Annual statistical returns and brief notes on vaccination in Bengal - 1896-1909
Year: 1896
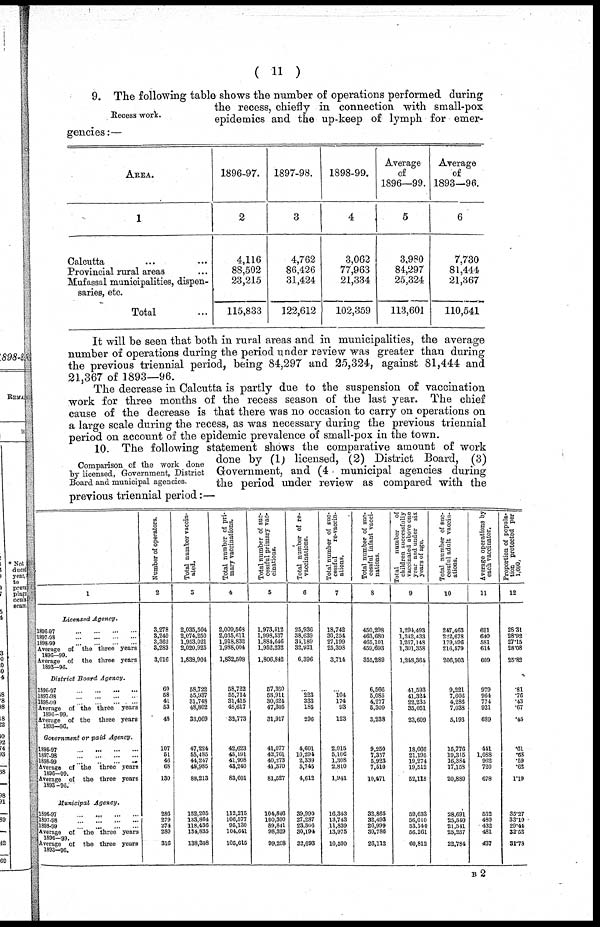
( 11 )
9. The following table shows the number of operations performed during
the recess, chiefly in connection with small-pox
epidemics and the up-keep of lymph for emer-
gencies:—
Recess work.
AREA.
1
Calcutta ... ...
Provincial rural areas ...
Mufassal municipalities, dispen-
saries, etc
Total ...
1896-97.
2
4,116
88,502
23,215
115,833
1897-98.
3
4,762
86,426
31,424
122,612
1898-99.
4
3,062
77,963
21,334
102,359
Average
of
1896—99.
5
3,980
84,297
25,324
113,601
Average
of
1893—96.
6
7,730
81,444
21,367
110,541
It will be seen that both in rural areas and in municipalities, the average
number of operations during the period under review was greater than during
the previous triennial period, being 84,297 and 25,324, against 81,444 and
21,367 of 1893—96.
The decrease in Calcutta is partly due to the suspension of vaccination
work for three months of the recess season of the last year. The chief
cause of the decrease is that there was no occasion to carry on operations on
a large scale during the recess, as was necessary during the previous triennial
period on account of the epidemic prevalence of small-pox in the town.
Comparison of the work done
by licensed, Government, District
Board and municipal agencies.
10. The following statement shows the comparative amount of work
done by (1) licensed, (2) District Board, (3)
Government, and (4 . municipal agencies during
the period under review as compared with the
previous triennial period:—
1
Licensed Agency.
1896-97
...
...
...
...
1897-98
...
...
...
...
1898-99
...
...
...
...
Average of the three years
1896—99
Average of the three years
1893—96.
District Board Agency.
1896-97
...
...
...
...
1897-98
...
...
...
...
1898-99
...
...
...
...
Average of the three
years
1896-99.
Average of the three years
1893—96.
Government or paid Agency.
1896-97 ... ... ... ...
1897-98
...
...
...
...
1898-99
...
...
...
...
Average of the three years
1896—99.
Average of the three years
1893—96.
Municipal
Agency.
1896-97
...
...
...
...
1897-98
...
...
...
...
1898-99
...
...
...
...
Average of the three years
1896-99.
Average of the three years
1893—96.
Number of operators.
2
3,278
3,240
3,362
3,283
3,016
60
68
41
53
48
107
51
46
68
130
286
279
274
280
316
Total number vaccin-
ated.
3
2,035,504
2,074,250
1,953,021
2,020,925
1,838,904
58,722
55,937
31,748
48,802
33,069
47,224
55,485
44,247
48,985
88,213
152,205
133,864
118,436
134,835
138,308
Total number of pri-
mary vaccinations.
4
2,009,563
2,035,611
1,918,832
1,988,004
1,832,508
58,722
55,714
31,415
43,617
32,773
42,623
45,191
41,908
43,240
83,601
112,215
106,577
95,130
104,641
106,615
Total number of suc-
cessful primary vac-
cinations.
5
1,973,512
1,998,537
1,884,646
1,952,232
1,806,842
57,380
53,911
30,624
47,305
31,917
41,077
42,761
40,273
41,370
81,527
104,846
100,300
89,841
98,329
99,208
Total number of re-
vaccinations.
6
25,936
38,639
31,189
32,921
6,396
...
223
333
185
296
4,601
10,294
2,339
5,745
4,612
39,990
27,287
23,306
30,194
32,693
Total number of suc-
cessful
re-vaccin-
ations.
7
18,742
30,254
27,199
25,398
3,714
...
104
174
93
123
2,015
5,106
1,308
2,810
1,941
16,343
13,743
11,839
13,975
10,500
Total number of suc-
cessful infant vacci-
nations.
8
450,298
463,680
465,101
459,693
355,289
6,566
5,085
4,277
5,309
3,238
9,250
7,357
5,923
7,510
10,471
32,865
32,493
26,999
30,786
26,112
Total
number
of
children successfully
vaccinated above one
year and under six
years of age.
9
1,294,493
1,342,433
1,267,148
1,301,358
1,248,364
41,593
41,324
22,235
35,051
23,609
18,066
21,195
19,274
19,512
52,118
59,633
56,010
53,140
56,261
60,812
Total number of suc-
cessful adult vaccin-
ations.
10
247,463
222,678
179,596
216,579
206,903
9,221
7,606
4,286
7,038
5,193
15,776
19,315
16,384
17,158
20,880
28,691
25,510
21,541
25,257
22,784
Average operations by
each vaccinator.
11
621
640
581
614
609
979
964
774
921
689
441
1,088
962
720
678
632
480
432
481
437
Proportion of popula-
tion protected per
1,000.
12
28.31
28.92
27.15
28.08
25.82
.81
.76
.43
.67
.45
.61
.68
.59
.62
1.19
35.27
33.10
29.44
32.52
31.78
B2